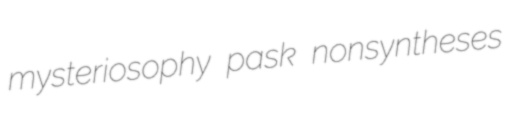
mysteriosophy pask nonsyntheses